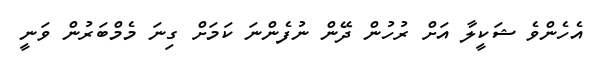
އެހެންވެ ޝަކީލާ އަށް ރުހުން ދޭން ނުފެންނަ ކަމަށް ގިނަ މެމްބަރުން ވަނީ